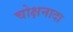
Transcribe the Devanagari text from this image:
चोक्षनादा